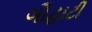
ગૌહાટી